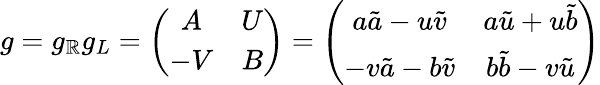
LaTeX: g=g_{\mathbb{R}}g_{L}=\left(\begin{array}{cc}{{A}}&{{U}}\\ {{-V}}&{{B}}\end{array}\right)=\left(\begin{array}{cc}{{a\tilde{a}-u\tilde{v}}}&{{a\tilde{u}+u\tilde{b}}}\\ {{-v\tilde{a}-b\tilde{v}}}&{{b\tilde{b}-v\tilde{u}}}\end{array}\right)